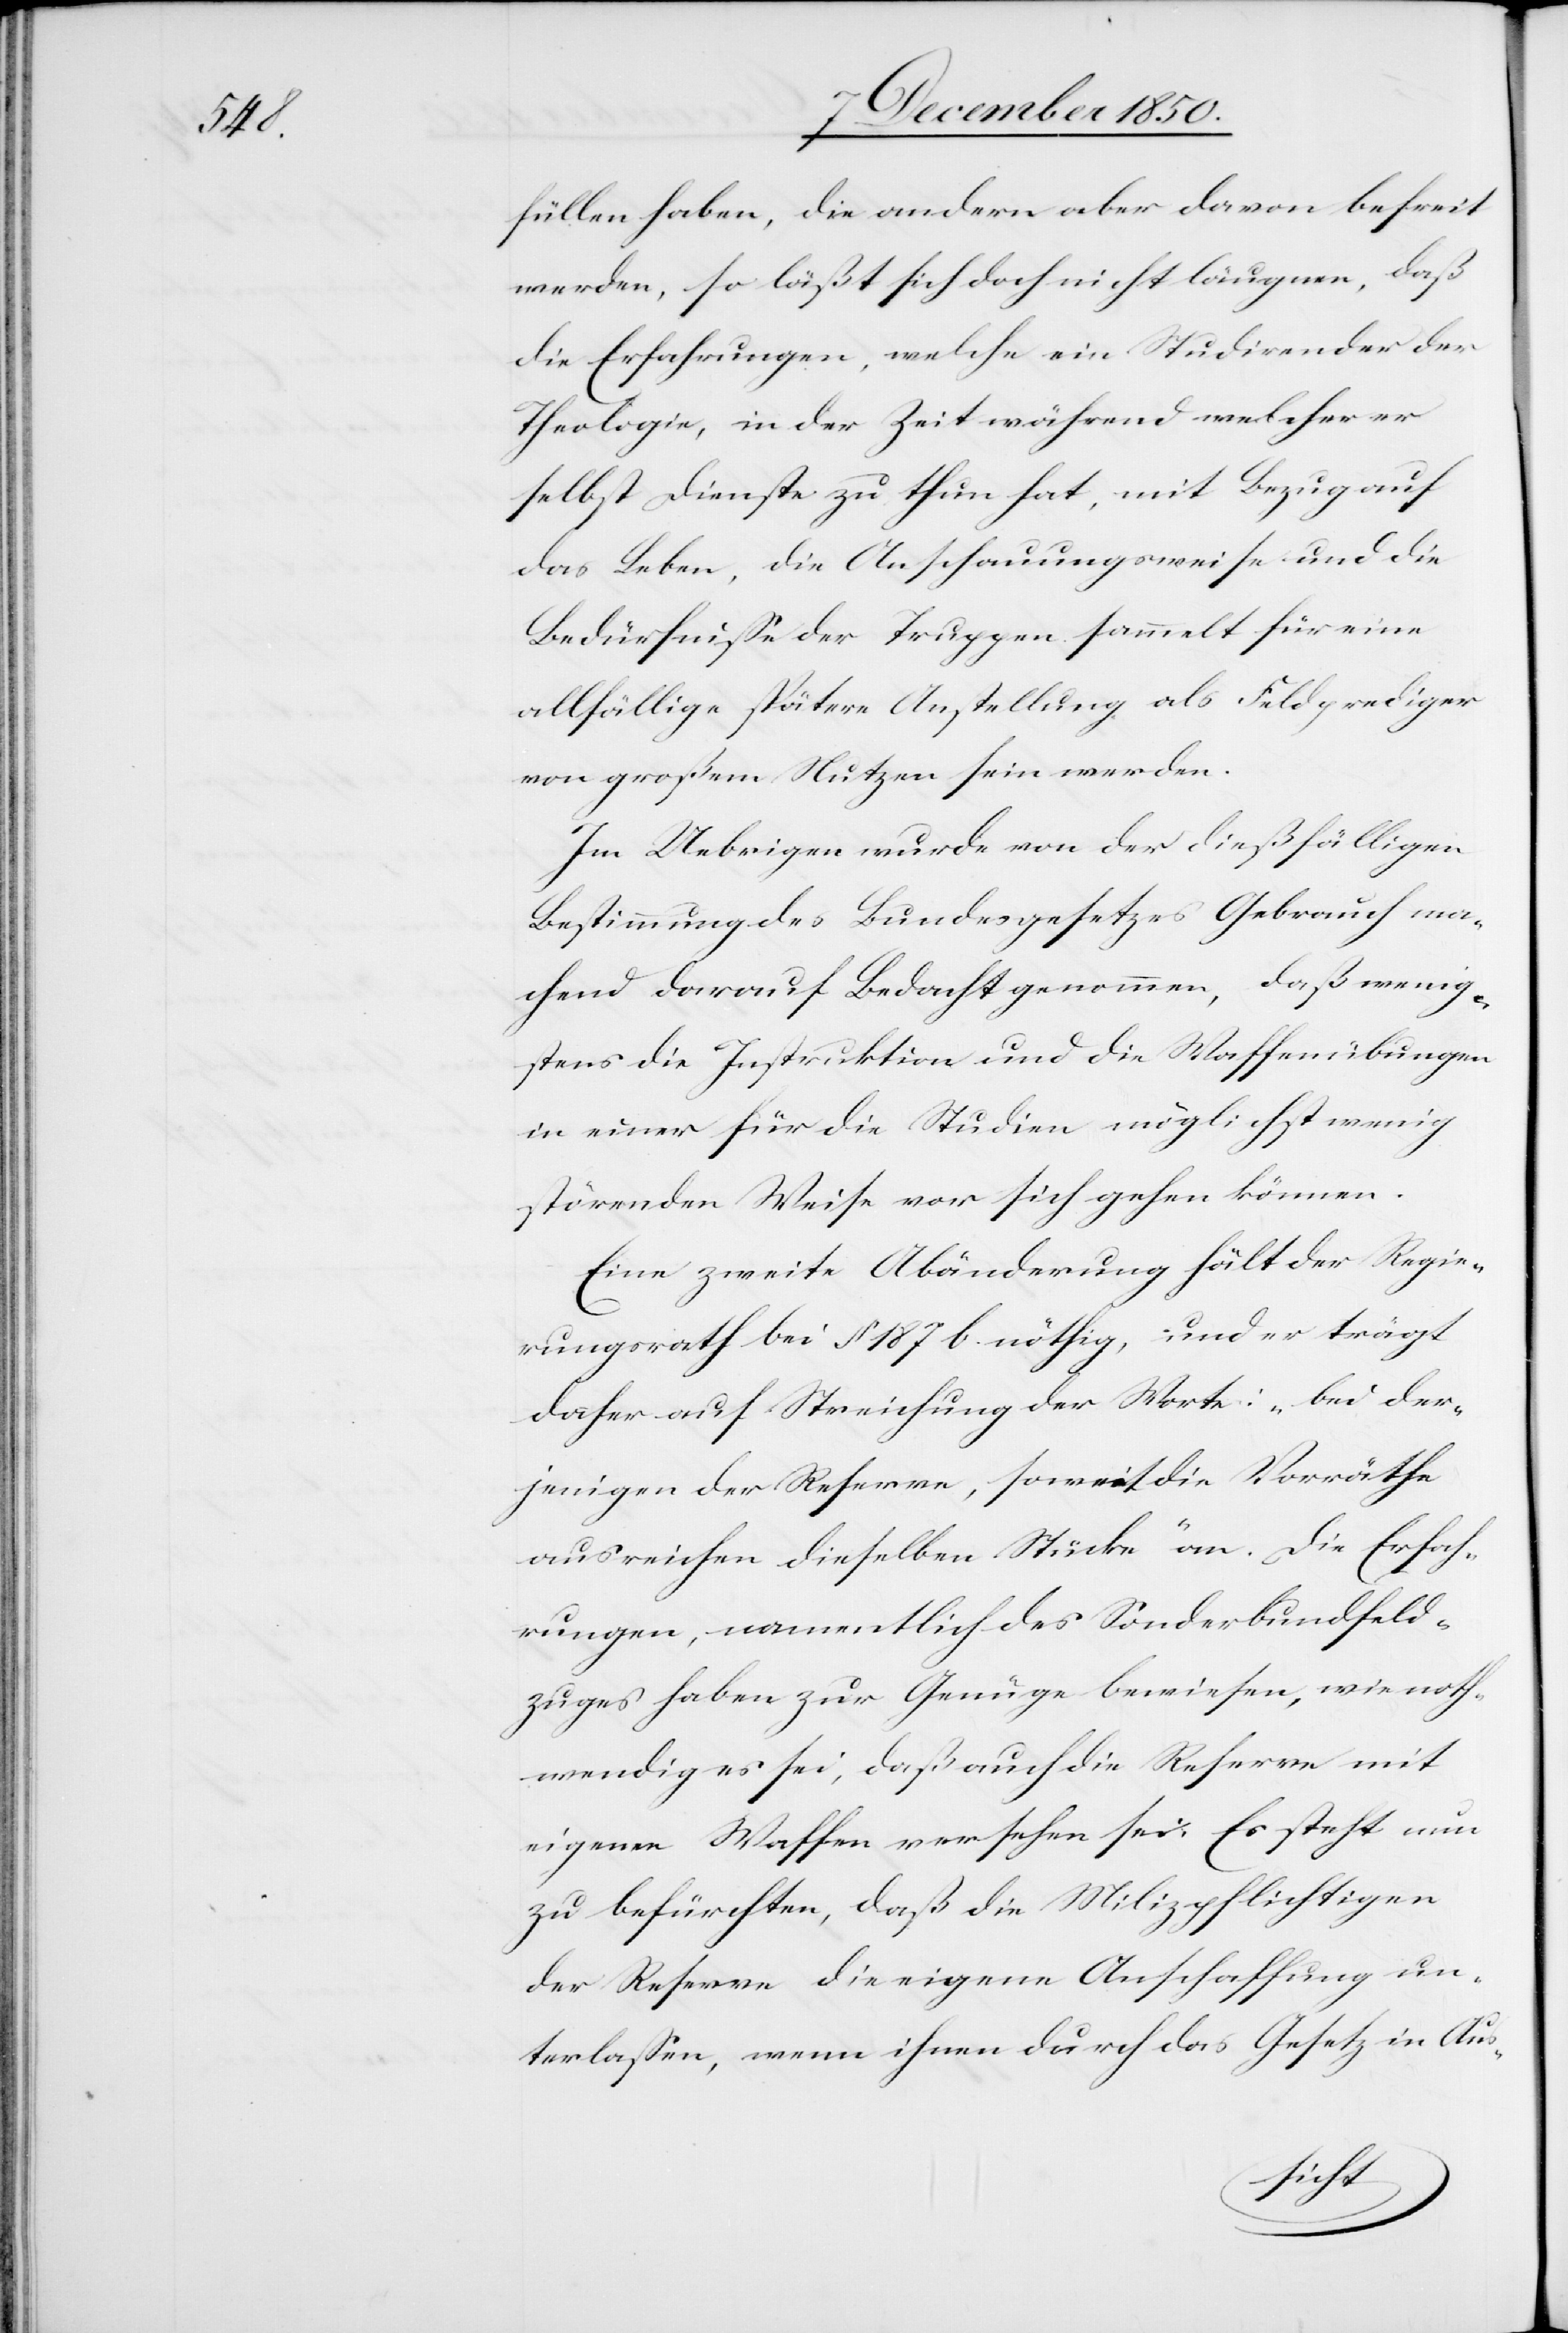
füllen haben, die andern aber davon befreit
werden, so läßt sich doch nicht läugnen, daß
die Erfahrungen, welche ein Studirender der
Theologie, in der Zeit während welcher er
selbst Dienste zu thun hat, mit Bezug auf
das Leben, die Anschauungsweise und die
Bedürfnisse der Truppen sammelt für eine
allfällige spätere Anstellung als Feldprediger
von großem Nutzen sein werden.
Im Uebrigen wurde von der dießfälligen
Bestimmung des Bundesgesetzes Gebrauch ma¬
chend darauf Bedacht genommen, daß wenig¬
stens die Instruktion und die Waffenübungen
in einer für die Studien möglichst wenig
störenden Weise vor sich gehen können.
Eine zweite Abänderung hält der Regie¬
rungsrath bei § 187 b. nöthig, und er trägt
daher auf Streichung der Worte: „bei der¬
jenigen der Reserve, soweit die Vorräthe
ausreichen dieselben Stücke“ an. Die Erfah¬
rungen, namentlich des Sonderbundfeld¬
zuges haben zur Genüge bewiesen, wie noth¬
wendig es sei, daß auch die Reserve mit
eigenen Waffen versehen sei. Es steht nun
zu befürchten, daß die Milizpflichtigen
der Reserve die eigene Anschaffung un¬
terlassen, wenn ihnen durch das Gesetz in Aus-